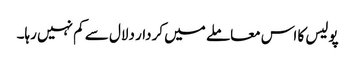
پولیس کا اس معاملے میں کردار دلال سے کم نہیں رہا۔